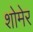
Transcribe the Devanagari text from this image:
शोमेर